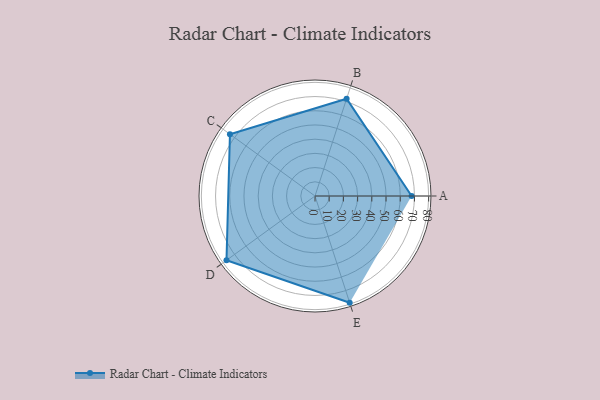
{"axis": {"x": "Skill", "y": "Score"}, "legend": ["Profile"], "data": [{"x": "A", "y": 68.0, "type": "Profile"}, {"x": "B", "y": 72.0, "type": "Profile"}, {"x": "C", "y": 74.0, "type": "Profile"}, {"x": "D", "y": 77.0, "type": "Profile"}, {"x": "E", "y": 79.0, "type": "Profile"}]}